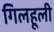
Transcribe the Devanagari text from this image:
गिलहूली